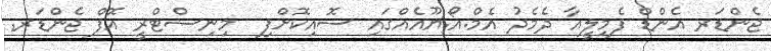
ޖެންޑަރ އެންޑް ފެމިލީއާ ދެމެދު އެމް.އޯ.ޔޫއެއްގައި ސޮއިކޮށްފި  މިނިސްޓްރީ އޮފް ޖެންޑަރ